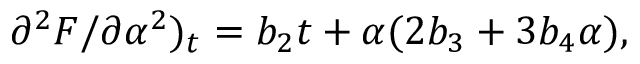
\partial ^ { 2 } F / \partial \alpha ^ { 2 } ) _ { t } = b _ { 2 } t + \alpha ( 2 b _ { 3 } + 3 b _ { 4 } \alpha ) ,